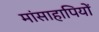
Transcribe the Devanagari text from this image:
मांसाहापियों